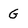
Character: G